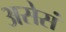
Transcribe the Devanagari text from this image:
असेसं